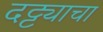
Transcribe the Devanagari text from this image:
दट्ट्याचा